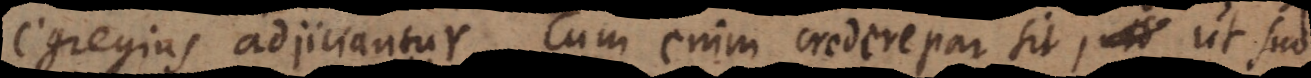
egregius adjiciantur. Cum enim credere par sit, ut suo